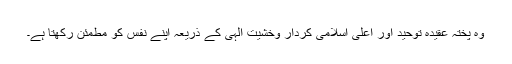
وہ پختہ عقیدہ توحید اور اعلی اسلامی کردار وخشیت الٰہی کے ذریعہ اپنے نفس کو مطمئن رکھتا ہے۔